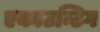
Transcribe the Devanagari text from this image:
एकाउन्टिग